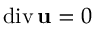
\mathrm { d i v } \, { \bf u } = 0